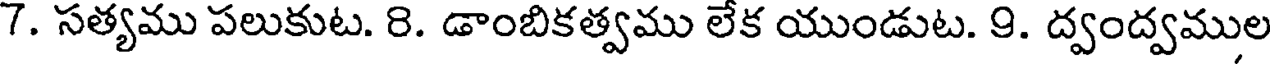
7. సత్యము పలుకుట. 8. డాంబికత్వము లేక యుండుట. 9. ద్వంద్వముల